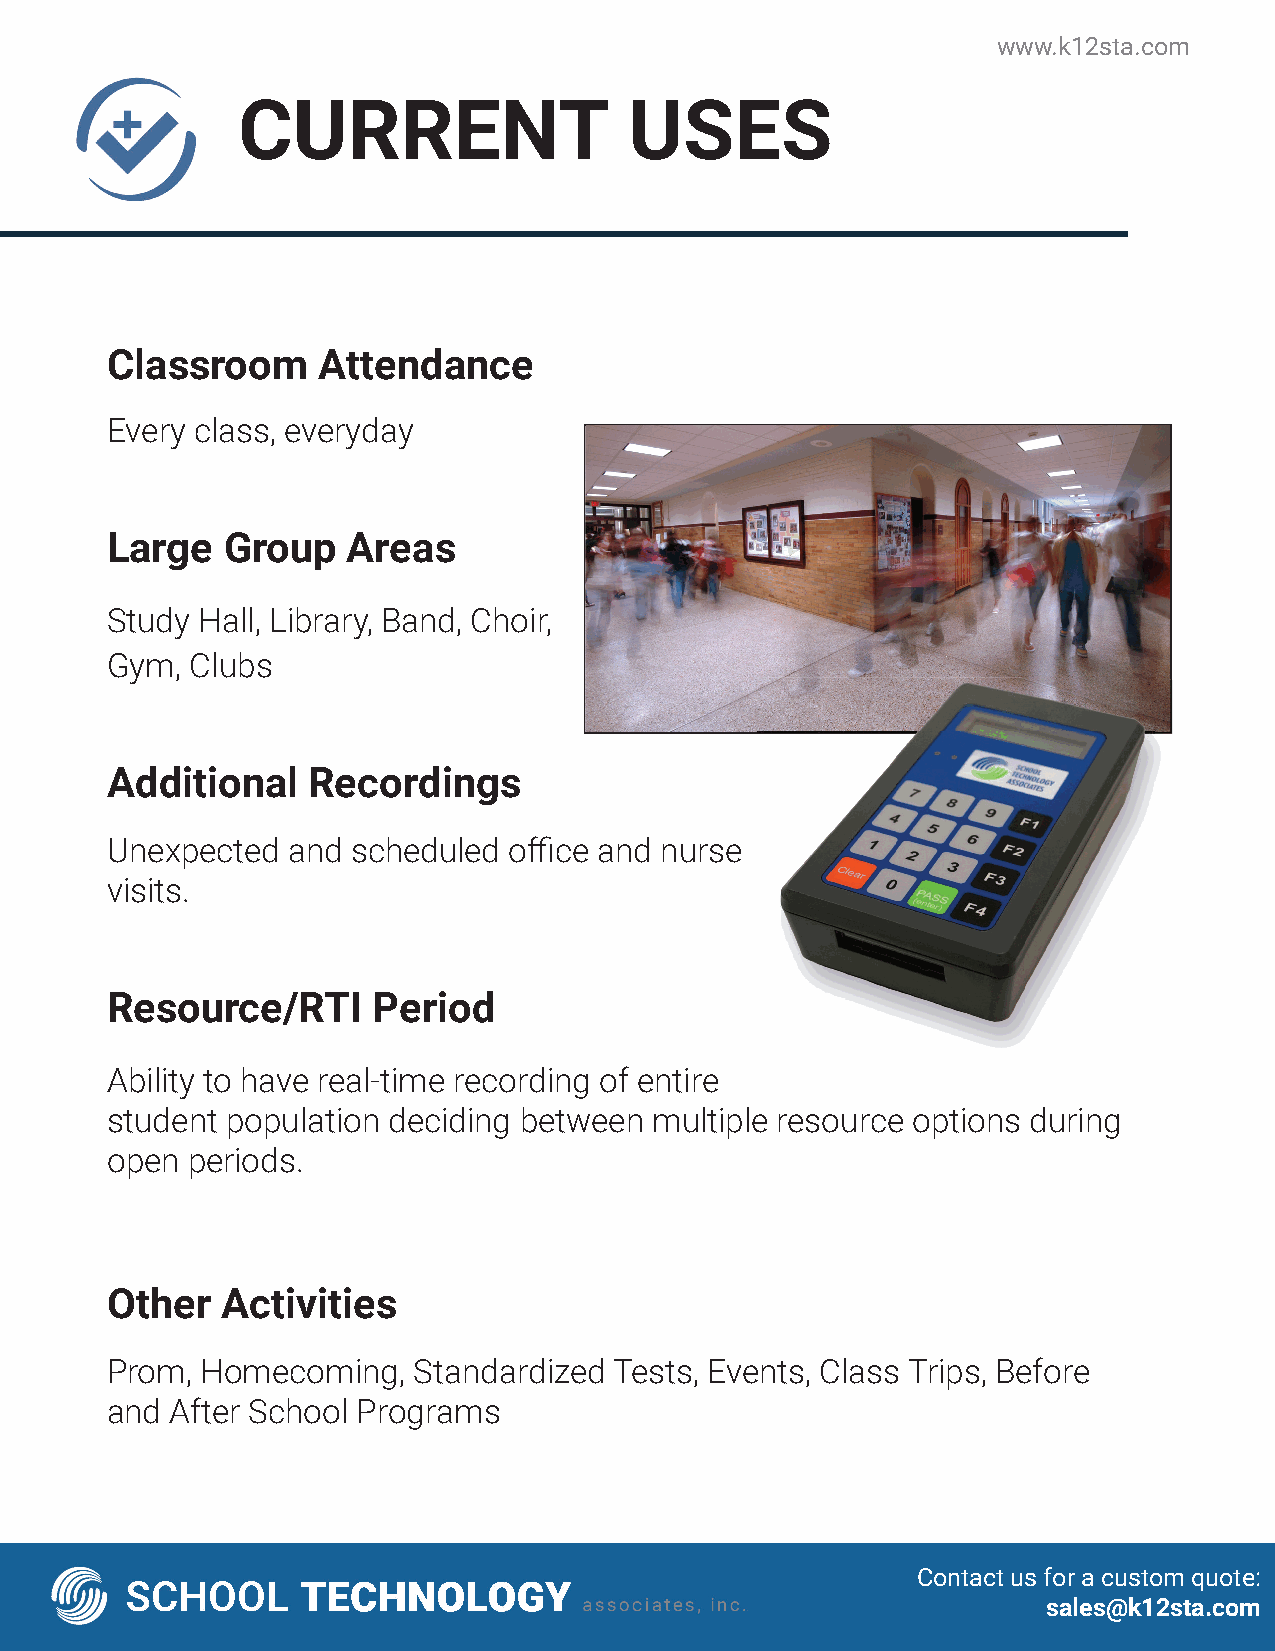
www.k12sta.com
 CURRENT                   USES
 Classroom     Attendance
 Every class, everyday
 Large   Group   Areas
 Study Hall, Library, Band, Choir,
 Gym,  Clubs
 Additional   Recordings
 Unexpected  and scheduled  offi ce and nurse
 visits.
 Resource/RTI      Period
 Ability to have real-time recording of entire
 student population deciding between multiple resource options during
 open periods.
 Other   Activities
 Prom, Homecoming,   Standardized  Tests, Events, Class Trips, Before
 and After School Programs
 Contact us for a custom quote:
 sales@k12sta.com